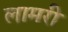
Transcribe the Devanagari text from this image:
लामरी